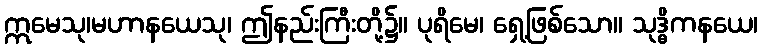
ဣမေသု၊မဟာနယေသု၊ ဤနည်းကြီးတို့၌။ ပုရိမေ၊ ရှေ့ဖြစ်သော။ သုဒ္ဓိကနယေ၊